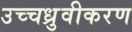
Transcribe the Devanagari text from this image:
उच्चध्रुवीकरण